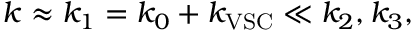
k \approx k _ { 1 } = k _ { 0 } + k _ { \mathrm { V S C } } \ll k _ { 2 } , k _ { 3 } ,